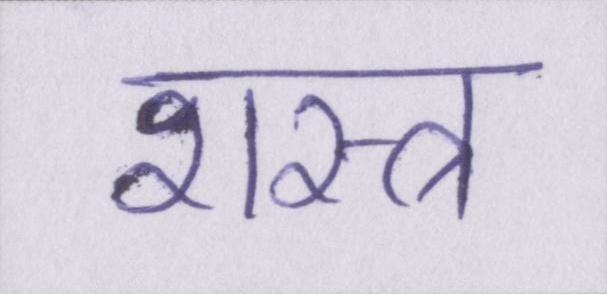
शस्त्र